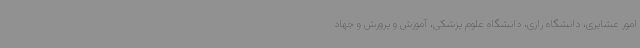
امور عشایری، دانشگاه رازی، دانشگاه علوم پزشکی، آموزش و پرورش و جهاد